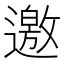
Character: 邀